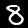
Digit: 8